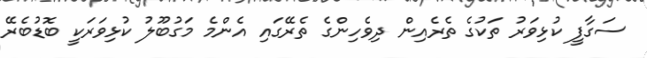
ސަގާފީ ކުޅިވަރު ތަކުގެ ތެރެއިން ދިވެހިންގެ ތެރޭގައި އެންމެ މަގުބޫލު ކުޅިވަރަކީ ބޮޑުބެރޭ